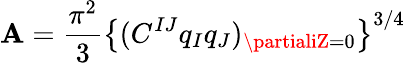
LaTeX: \mathbf{A}={\frac{{\pi^{2}}}{{3}}}\left\{ (C^{IJ}q_{I}q_{J})_{\partialiZ=0}\right\} ^{3/4}